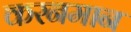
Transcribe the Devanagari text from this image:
करनमान